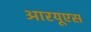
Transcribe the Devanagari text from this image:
आरयूएस